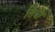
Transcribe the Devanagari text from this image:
सिधो